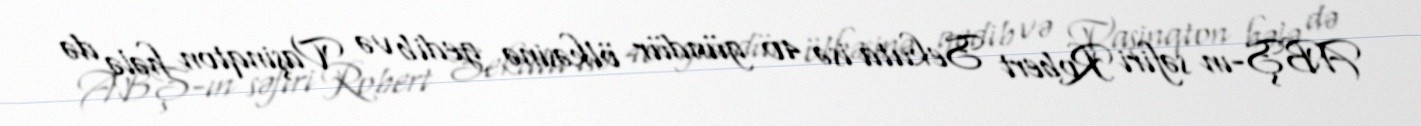
ABŞ-ın səfiri Robert Sekuta isə 40 gündür ölkəsinə gedib və Vaşinqton hələ də